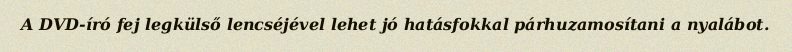
A DVD-író fej legkülső lencséjével lehet jó hatásfokkal párhuzamosítani a nyalábot.